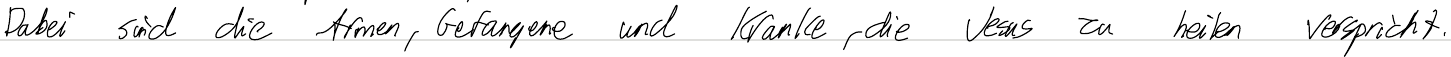
Dabei sind die Armen, Gefangene und Kranke, die Jesus zu heilen verspricht.